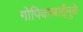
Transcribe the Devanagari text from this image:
गोपिकाबाईंमुळे